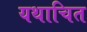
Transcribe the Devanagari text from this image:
यथाचित